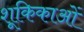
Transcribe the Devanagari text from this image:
शूकिकाओं